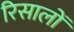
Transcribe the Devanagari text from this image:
रिसालों